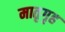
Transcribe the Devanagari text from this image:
मातृगृह